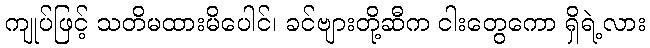
ကျုပ်ဖြင့် သတိမထားမိပေါင်၊ ခင်ဗျားတို့ဆီက ငါးတွေကော ရှိရဲ့လား